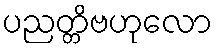
ပညတ္တိဗဟုလော